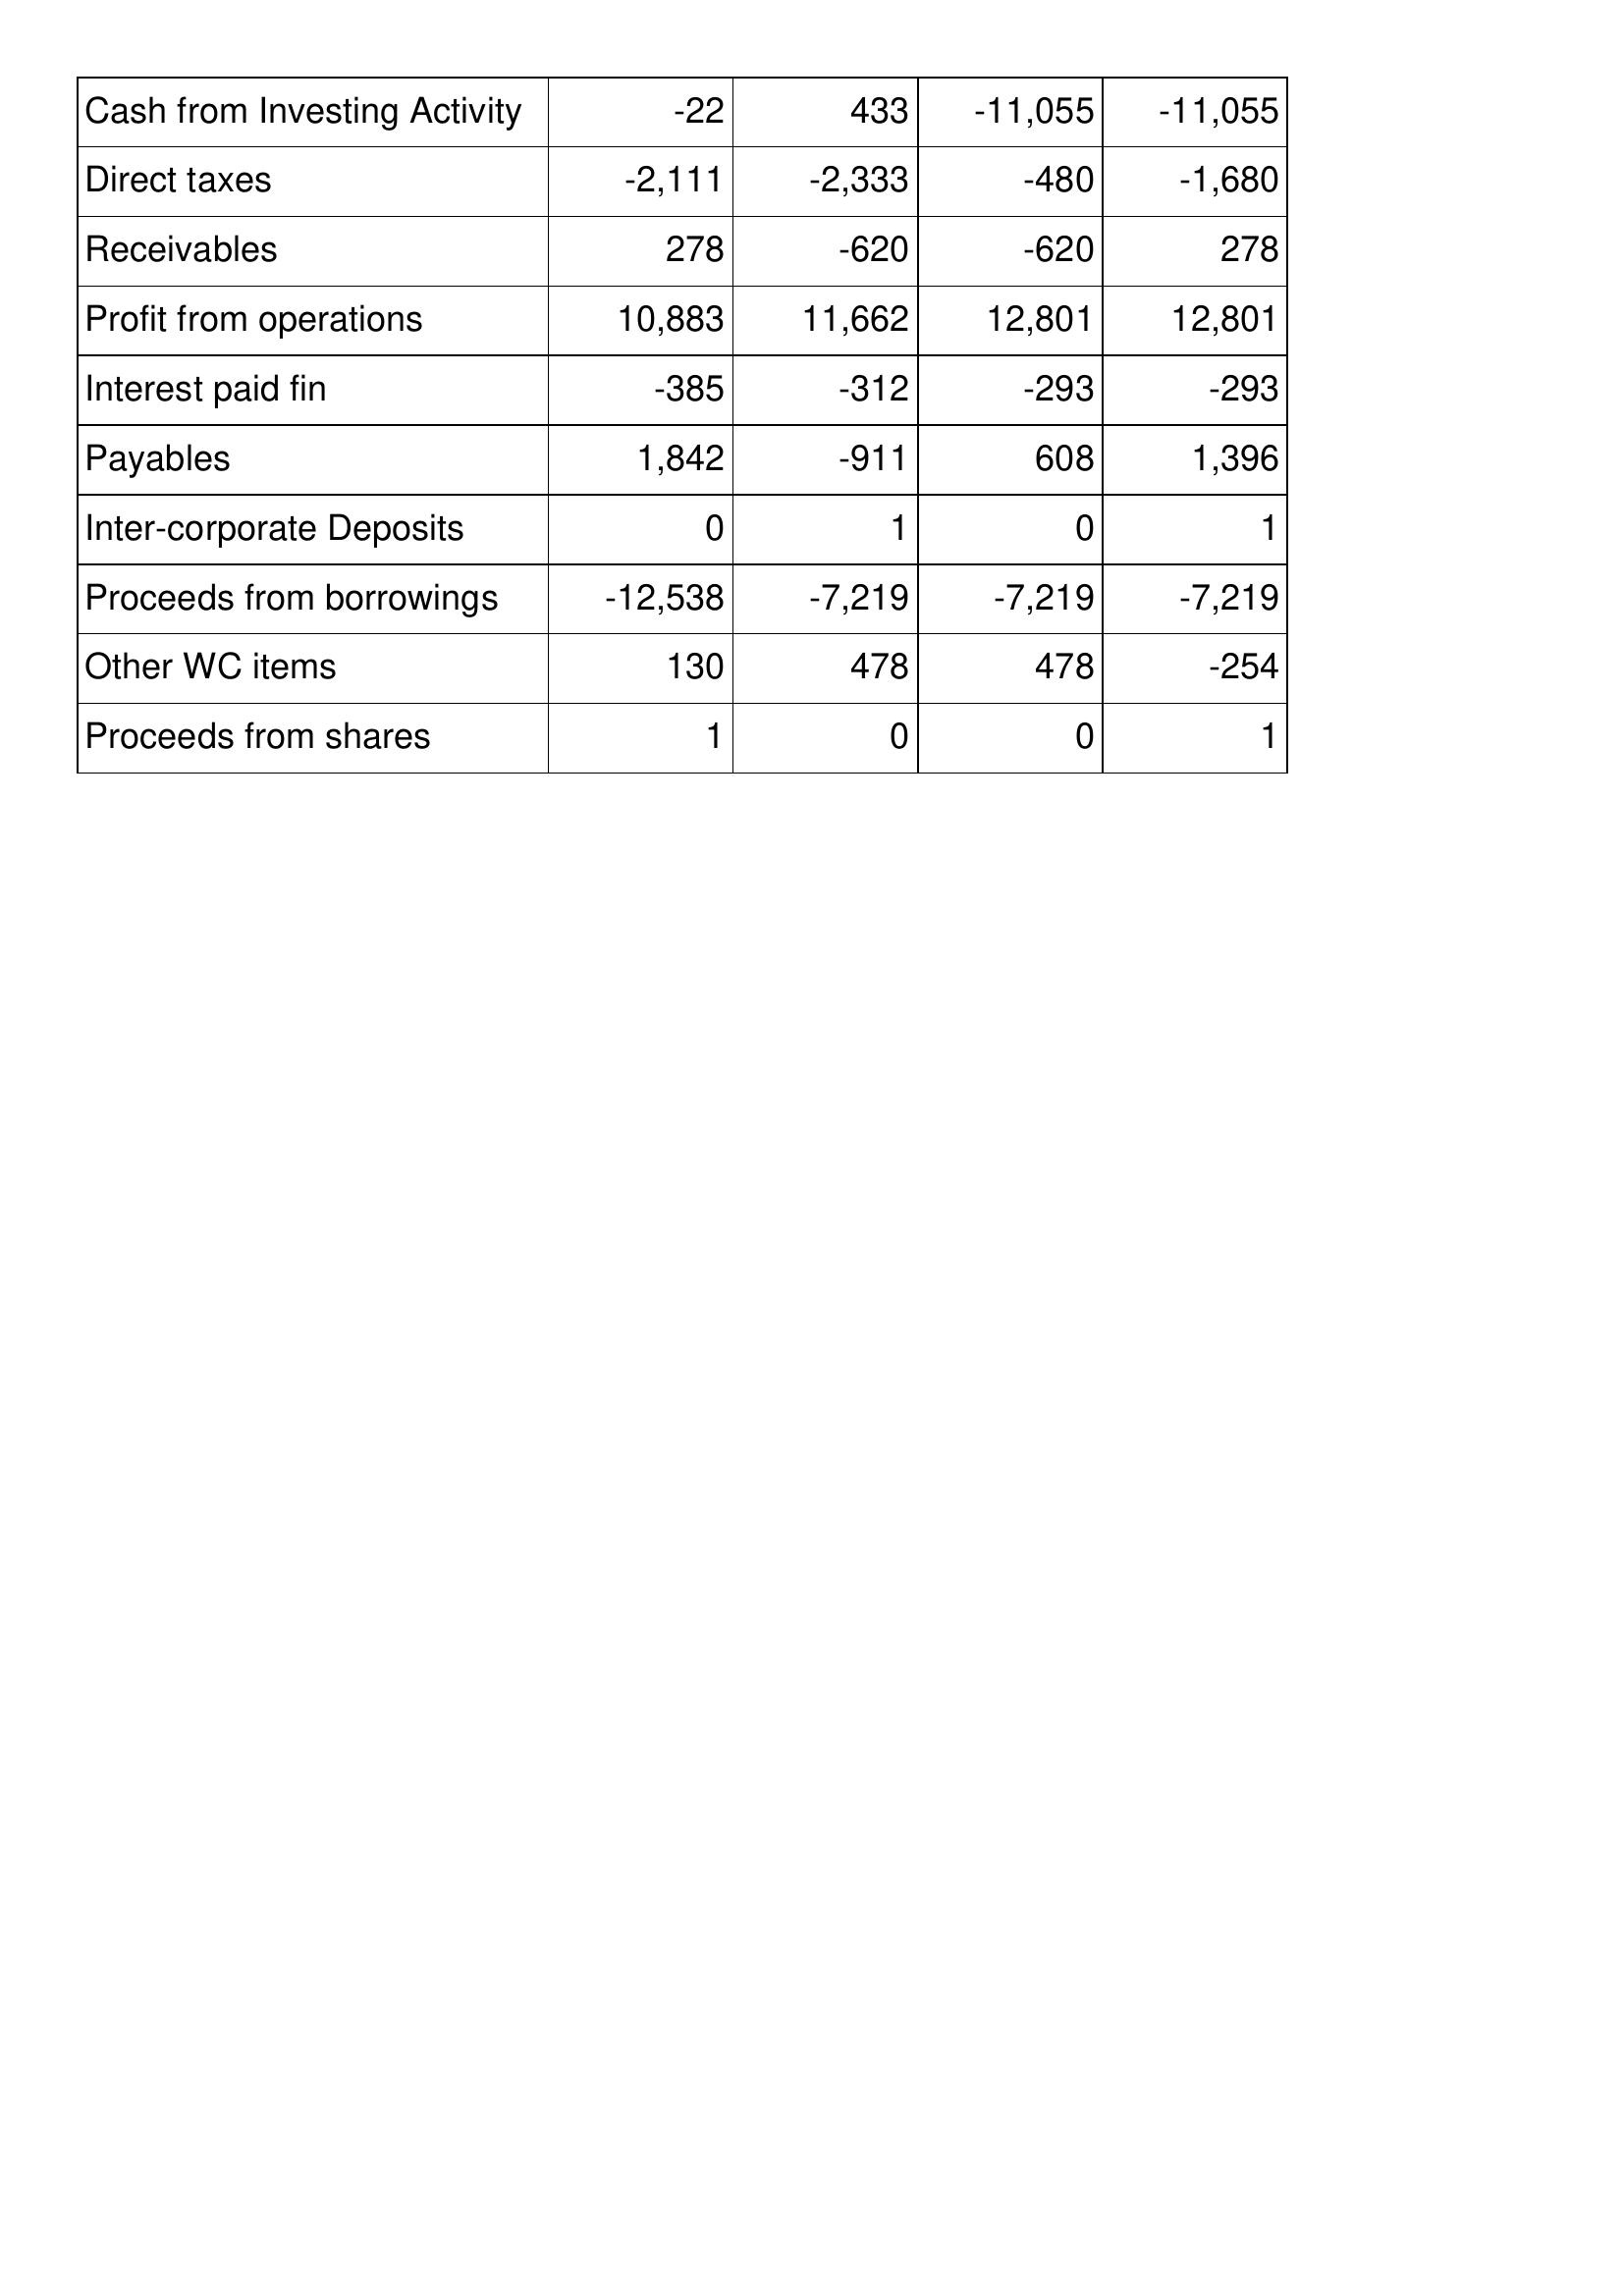
Jul-19: Cash Flows: Cash from Investing Activity: -22
Direct taxes: -2,111
Receivables: 278
Profit from operations: 10,883
Interest paid fin: -385
Payables: 1,842
Inter-corporate Deposits: 0
Proceeds from borrowings: -12,538
Other WC items: 130
Proceeds from shares: 1
Jul-18: Cash Flows: Cash from Investing Activity: 433
Direct taxes: -2,333
Receivables: -620
Profit from operations: 11,662
Interest paid fin: -312
Payables: -911
Inter-corporate Deposits: 1
Proceeds from borrowings: -7,219
Other WC items: 478
Proceeds from shares: 0
Jul-17: Cash Flows: Cash from Investing Activity: -11,055
Direct taxes: -480
Receivables: -620
Profit from operations: 12,801
Interest paid fin: -293
Payables: 608
Inter-corporate Deposits: 0
Proceeds from borrowings: -7,219
Other WC items: 478
Proceeds from shares: 0
Jul-16: Cash Flows: Cash from Investing Activity: -11,055
Direct taxes: -1,680
Receivables: 278
Profit from operations: 12,801
Interest paid fin: -293
Payables: 1,396
Inter-corporate Deposits: 1
Proceeds from borrowings: -7,219
Other WC items: -254
Proceeds from shares: 1